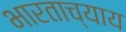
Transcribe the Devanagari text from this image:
भारताच्याय